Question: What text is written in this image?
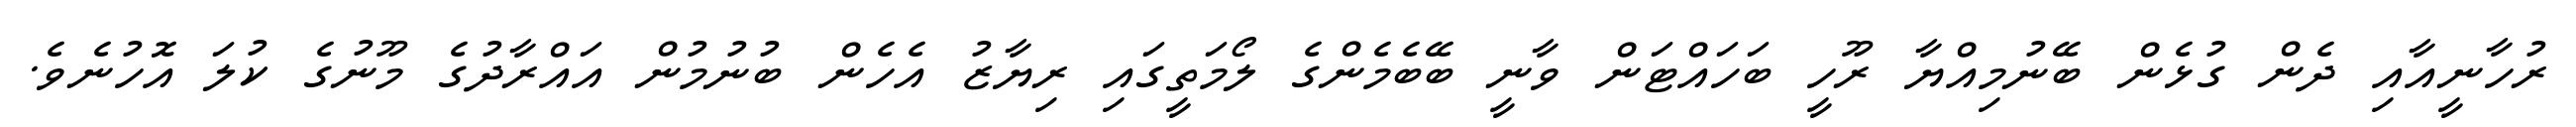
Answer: ރުހާނީއާއި ދެން ގުޅެން ބޭނުމިއްޔާ ރޫހީ ބަހައްޓަން ވާނީ ބޭބެމެންގެ ލޯމަތީގައި ރިޔާޒު އެހެން ބުނުމުން އައްރާދުގެ މޫނުގެ ކުލަ އޮހުނެވެ.